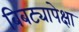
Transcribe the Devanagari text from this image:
बिबट्यापेक्षा